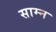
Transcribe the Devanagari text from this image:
साम्न